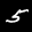
Digit: 5